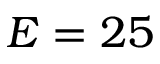
E = 2 5